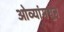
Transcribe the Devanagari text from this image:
ओव्यांमधून